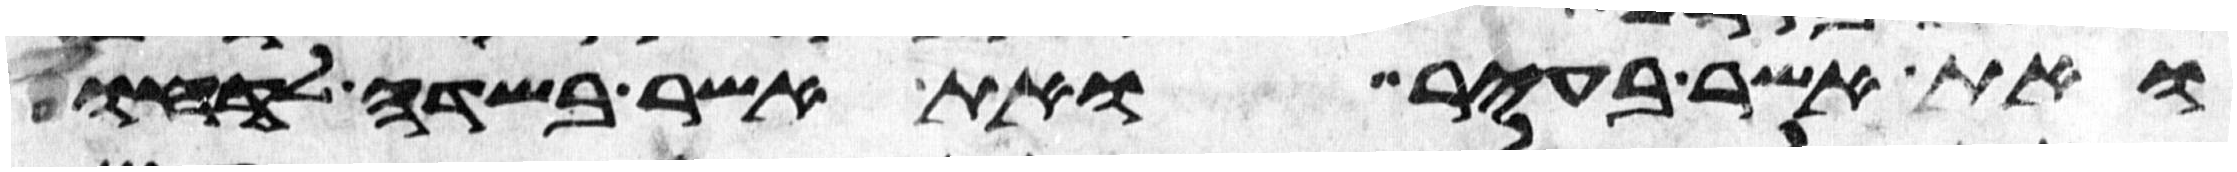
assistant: ואת אשר בעיר ואת אשר בשדה לקחו